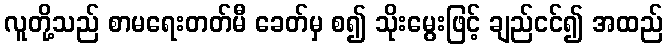
လူတို့သည် စာမရေးတတ်မီ ခေတ်မှ စ၍ သိုးမွေးဖြင့် ချည်ငင်၍ အထည်